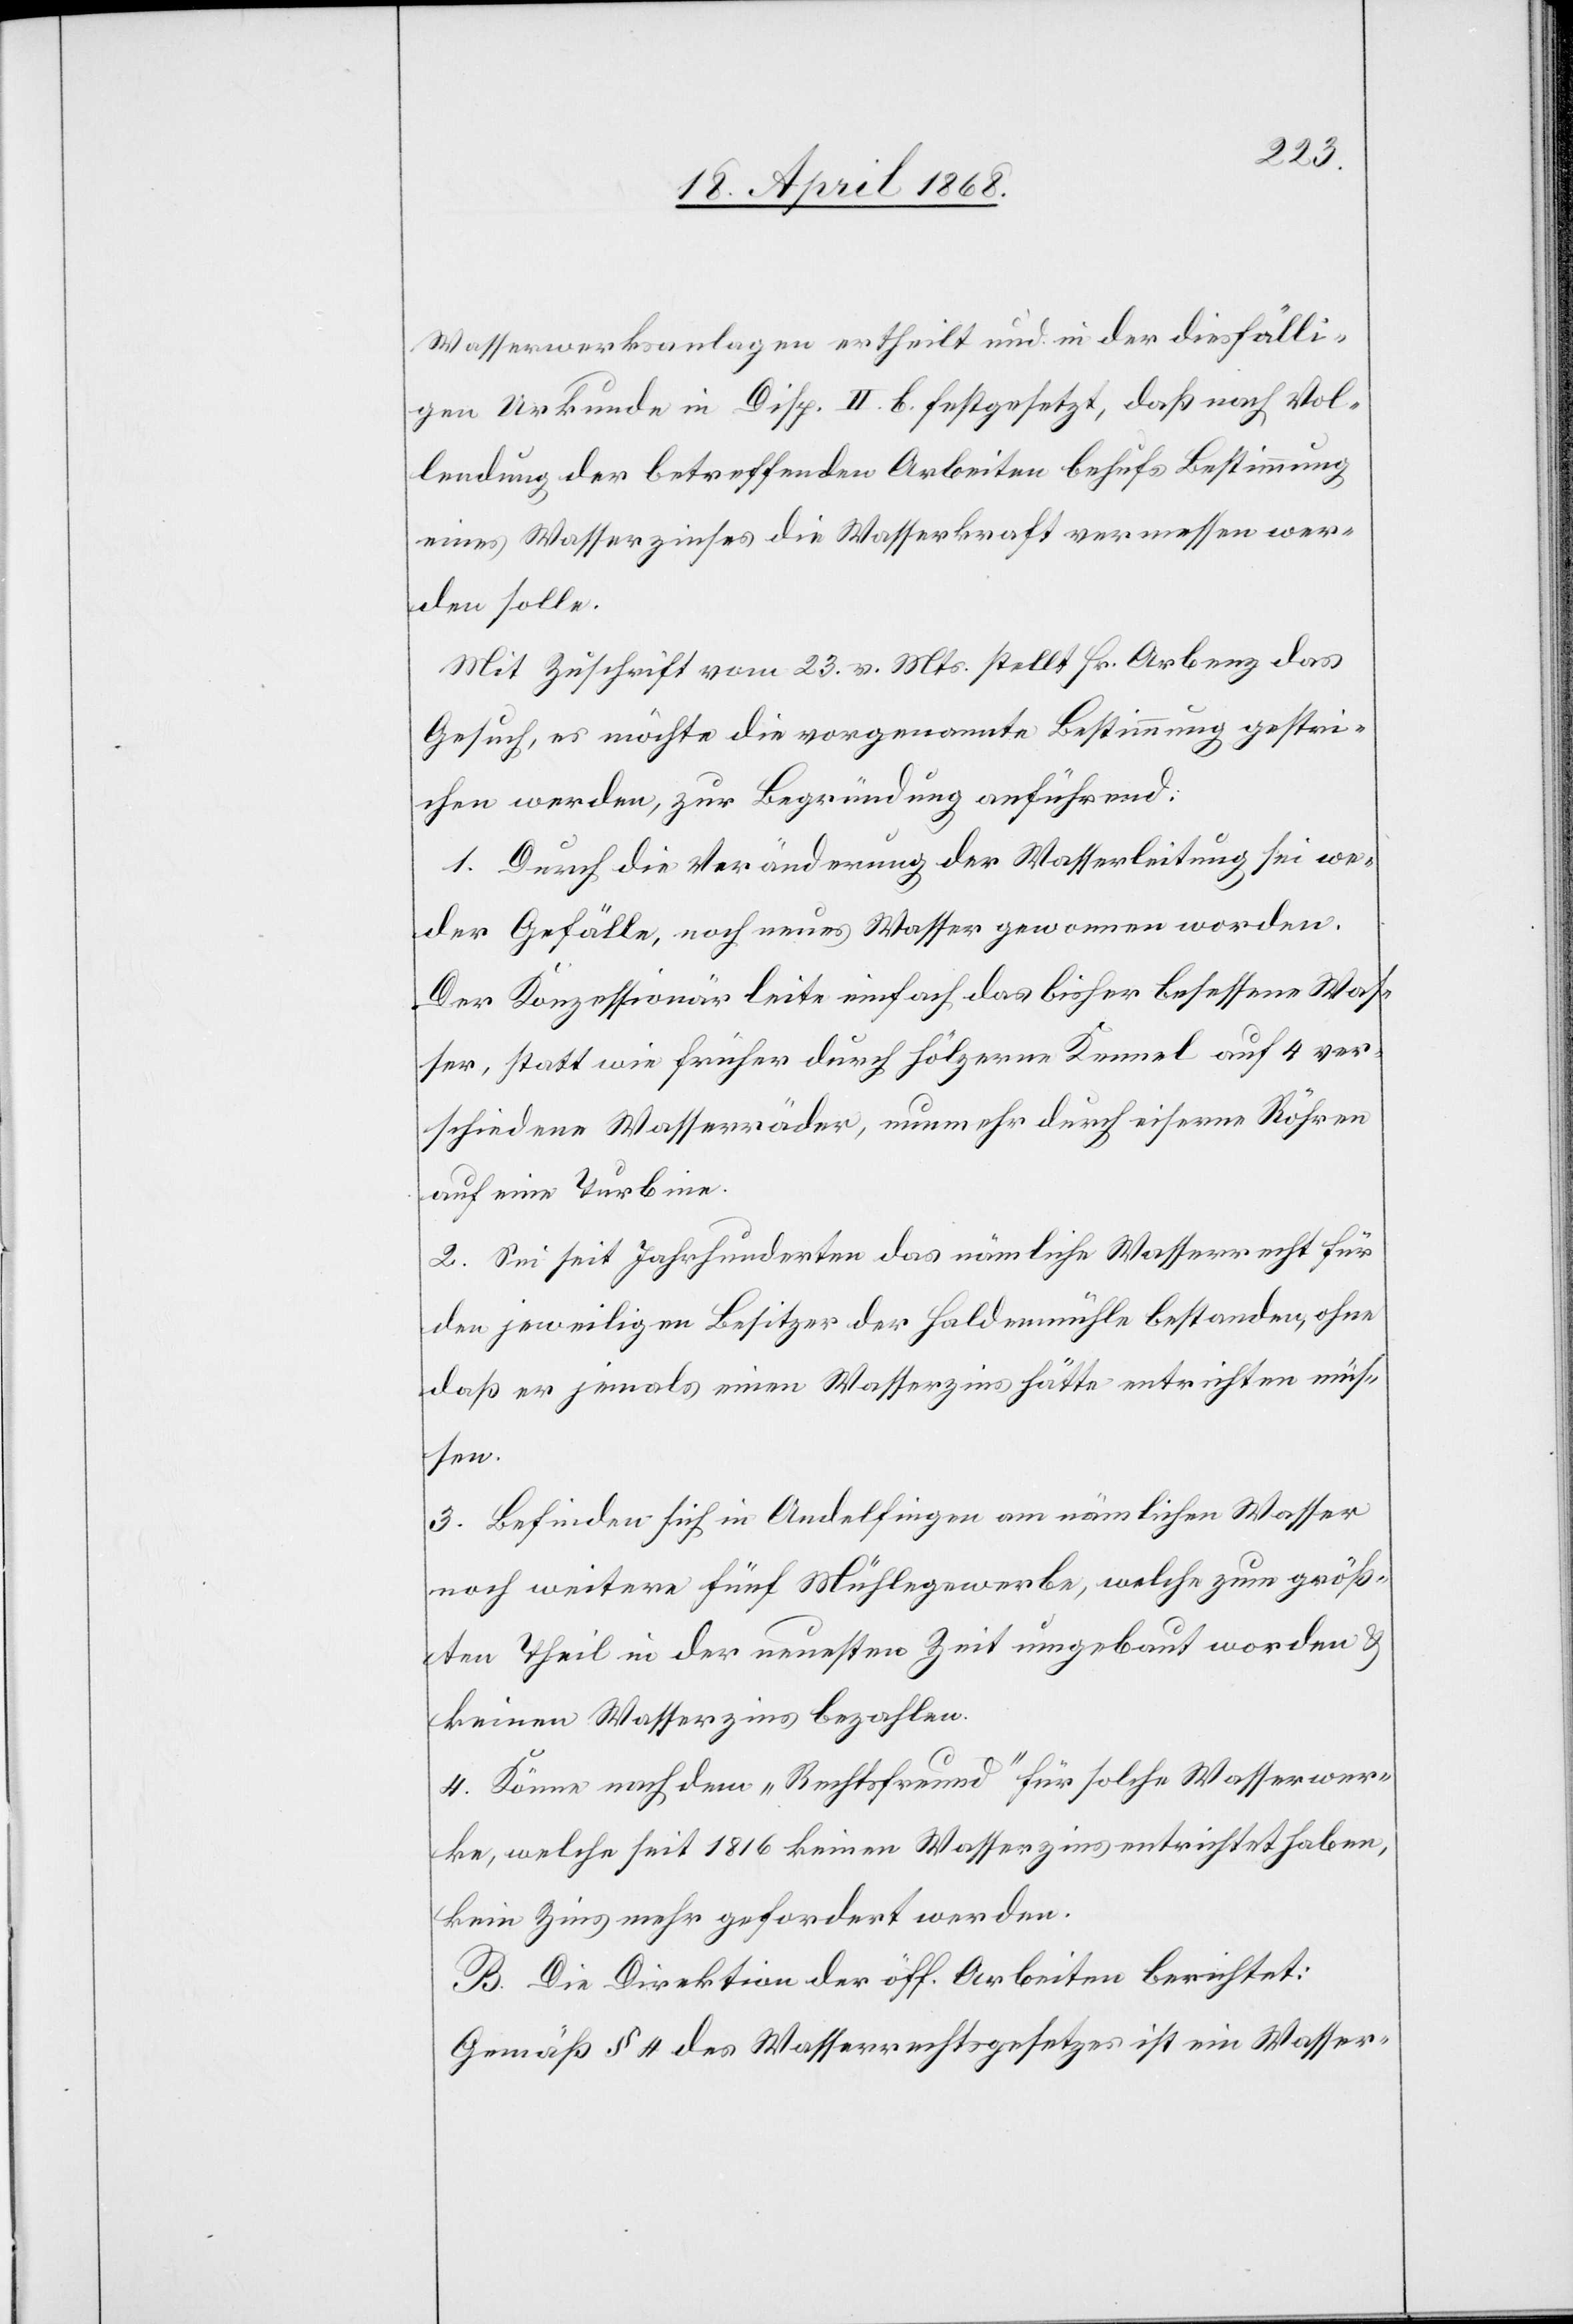
Wasserwerksanlagen ertheilt und in der diesfälli¬
gen Urkunde in Disp. II. b. festgesetzt, daß nach Vol¬
lendung der betreffenden Arbeiten behufs Bestimmung
eines Wasserzinses die Wasserkraft vermessen wer¬
den solle.
Mit Zuschrift vom 23. v. Mts. stellt Hr. Arbenz das
Gesuch, es möchte die vorgenannte Bestimmung gestri¬
chen werden, zur Begründung anführend:
1. Durch die Veränderung der Wasserleitung sei we¬
der Gefälle, noch neues Wasser gewonnen worden.
Der Konzessionär leite einfach das bisher besessene Was¬
ser, statt wie früher durch hölzerne Kennel auf 4 ver¬
schiedene Wasserräder, nunmehr durch eiserne Röhren
auf eine Turbine.
2. Sei seit Jahrhunderten das nämliche Wasserrecht für
den jeweiligen Besitzer der Haldenmühle bestanden, ohne
daß er jemals einen Wasserzins hätte entrichten müs¬
sen.
3. Befinden sich in Andelfingen am nämlichen Wasser
noch weitere fünf Mühlegewerbe, welche zum größ¬
ten Theil in der neuesten Zeit umgebaut worden &
keinen Wasserzins bezahlen.
4. Könne nach dem „Rechtsfreund“ für solche Wasserwer¬
ke, welche seit 1816 keinen Wasserzins entrichtet haben,
kein Zins mehr gefordert werden.
B. Die Direktion der öff. Arbeiten berichtet:
Gemäß § 4 des Wasserrechtsgesetzes ist ein Wasser-